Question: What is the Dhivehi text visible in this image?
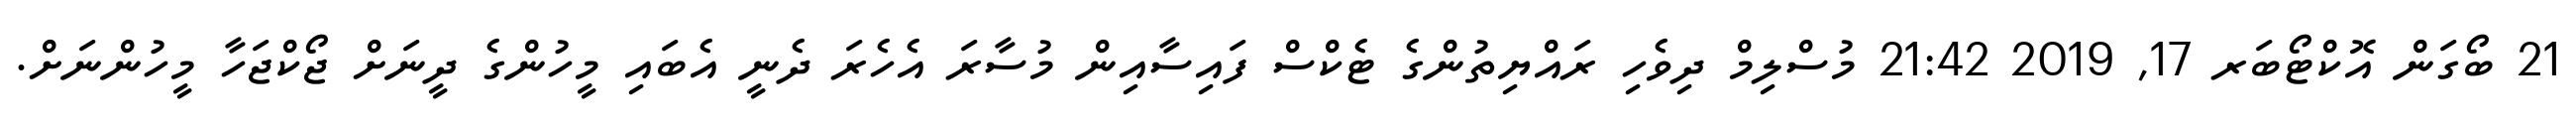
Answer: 21 ބޯގަން އޮކްޓޯބަރ 17, 2019 21:42 މުސްލިމް ދިވެހި ރައްޔިތުންގެ ޓެކްސް ފައިސާއިން މުސާރަ އެހެރަ ދެނީ އެބައި މީހުންގެ ދީނަށް ޖޯކްޖަހާ މީހުންނަށް.